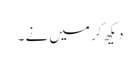
دیکھ کر میں نے ۔